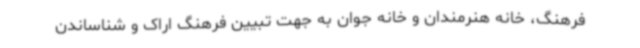
فرهنگ، خانه هنرمندان و خانه جوان به جهت تبیین فرهنگ اراک و شناساندن